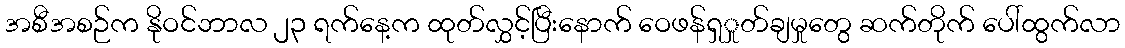
အစီအစဉ်က နိုဝင်ဘာလ ၂၃ ရက်နေ့က ထုတ်လွှင့်ပြီးနောက် ဝေဖန်ရှှုတ်ချမှုတွေ ဆက်တိုက် ပေါ်ထွက်လာ